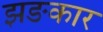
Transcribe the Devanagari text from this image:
झङकार